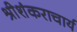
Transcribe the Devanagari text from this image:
श्रीशंकराचार्य